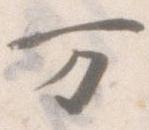
万